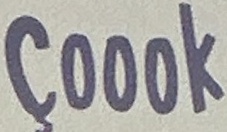
Coook